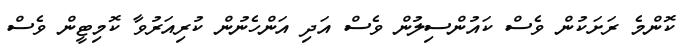
ކޮންމެ ރަށަކުން ވެސް ކައުންސިލުން ވެސް އަދި އަންހެނުން ކުރިއަރުވާ ކޮމިޓީން ވެސް